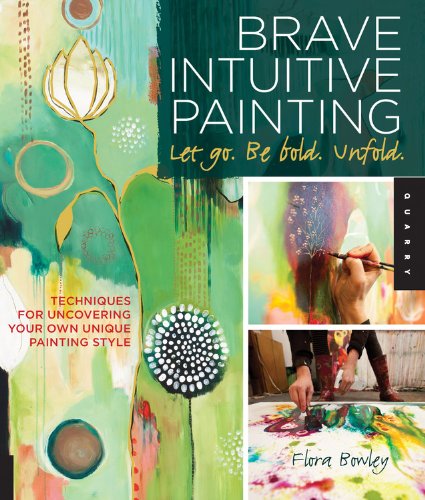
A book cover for Brave Intuitive Painting-Let Go, Be Bold, Unfold!: Techniques for Uncovering Your Own Unique Painting Style; Flora S. Bowley; Arts & Photography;